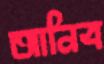
আনিব